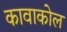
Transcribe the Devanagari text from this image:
कावाकोल